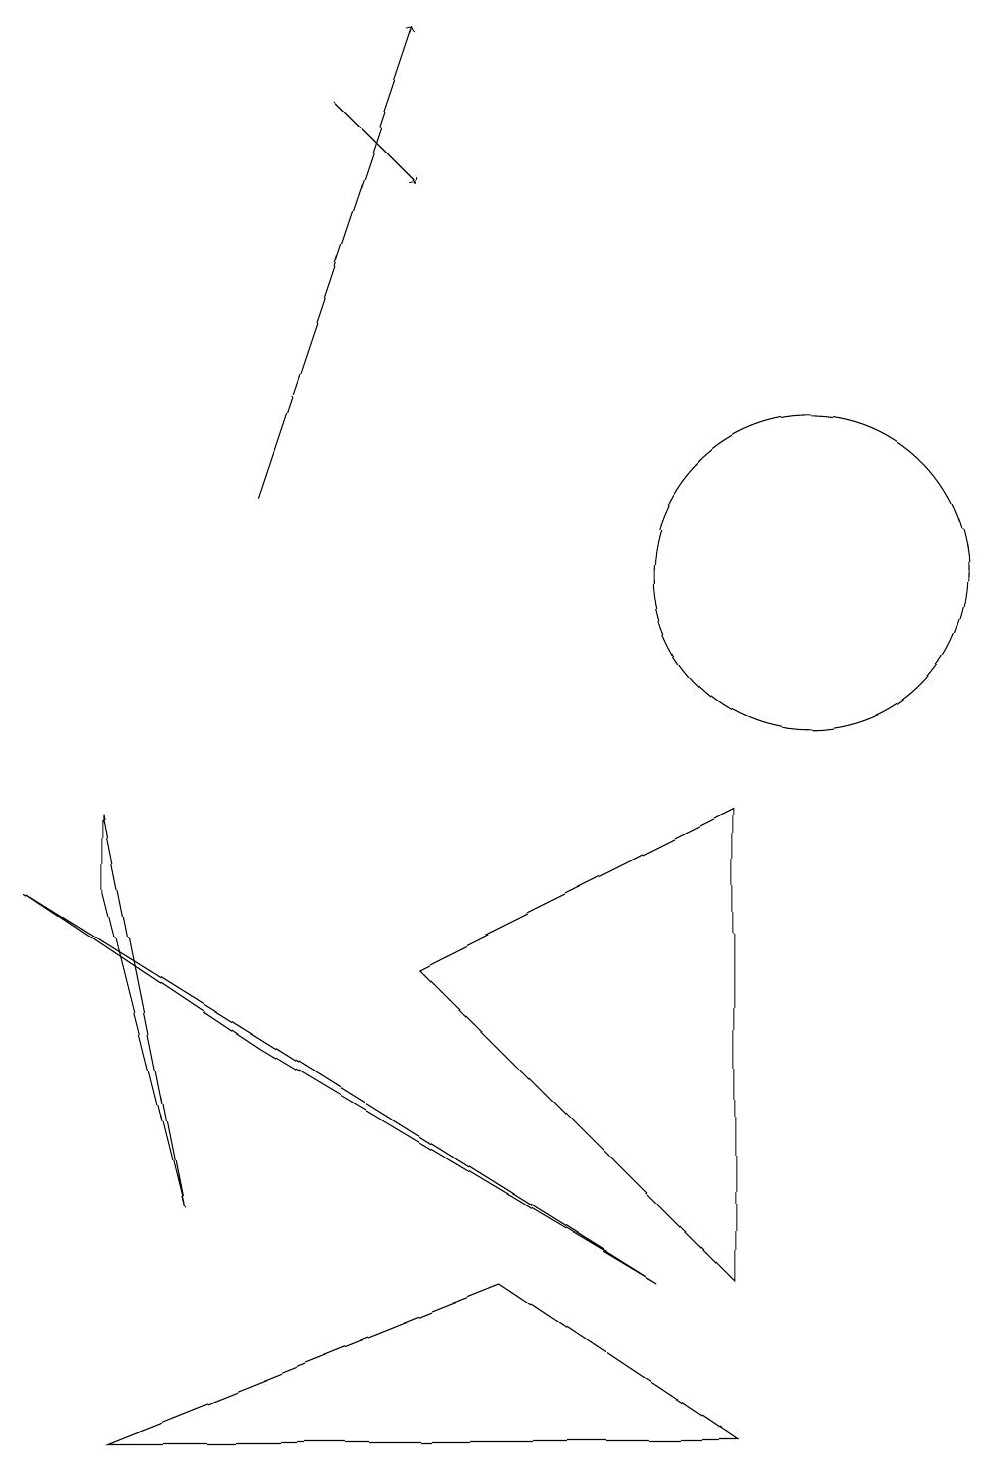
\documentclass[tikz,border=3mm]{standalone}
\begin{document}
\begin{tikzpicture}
\draw (0,8) -- (3,6) -- (8,3) -- cycle;
\draw[->] (4,18) -- (5,17);
\draw (1,9) -- (2,4) -- (1,8) -- cycle;
\draw[->] (3,13) -- (5,19);
\draw (10,12) circle (0);
\draw (1,1) -- (6,3) -- (9,1) -- cycle;
\draw (9,3) -- (9,9) -- (5,7) -- cycle;
\draw (10,12) circle (2);
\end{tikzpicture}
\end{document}